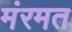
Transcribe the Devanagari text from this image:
मंरमत